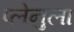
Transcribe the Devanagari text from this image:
प्लेनुला